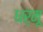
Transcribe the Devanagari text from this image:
धर्मू